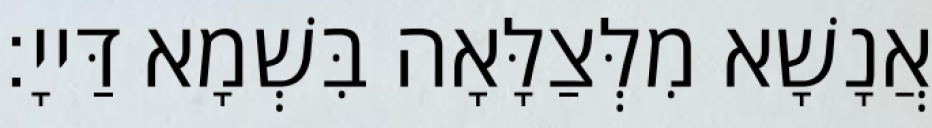
אֲנָשָׁא מִלְּצַלָּאָה בִּשְׁמָא דַּייָ׃